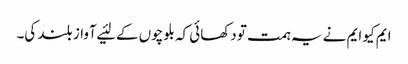
ایم کیو ایم نے یہ ہمت تو دکھائی کہ بلوچوں کے لئیے آواز بلند کی۔